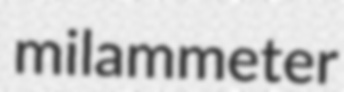
milammeter